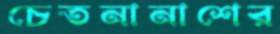
চেতনানাশের